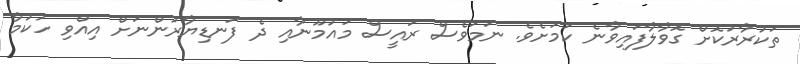
ތަކުރާރުކޮށް ގޮވާލާފައިވާނެ ކަމަށެވެ. ނަމަވެސް ރައީސް މައުމޫނާއި ދެ ފަނޑިޔާރުންނަށް އިއްވި ހުކުމާ